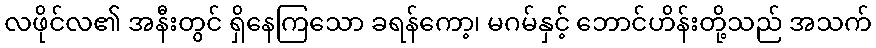
လဖိုင်လ၏ အနီးတွင် ရှိနေကြသော ခရန်ကော့၊ မဂမ်နှင့် ဘောင်ဟိန်းတို့သည် အသက်